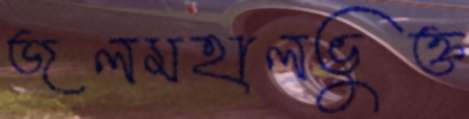
জলমহালভুক্ত